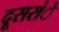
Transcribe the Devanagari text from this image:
दूसरांे